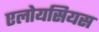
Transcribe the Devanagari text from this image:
एलोयसियस